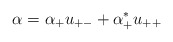
\begin{align*}\alpha = \alpha_+ u_{+-} + \alpha^*_+ u_{++}\end{align*}